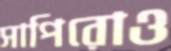
সাপিরোও